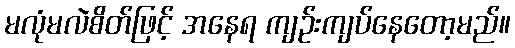
မလုံမလဲစိတ်ဖြင့် အနေရ ကျဉ်းကျပ်နေတော့မည်။